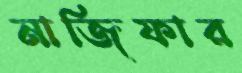
নাজিফার